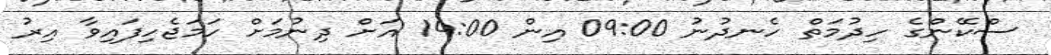
ސްކޭންގެ ހިދުމަތް ހެނދުނު 09:00 އިން 14:00 އަށް ދިނުމަށް ހަމަޖެހިފައިވާ އިރު